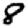
Digit: 8